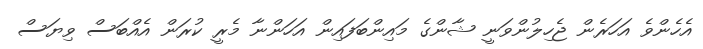
އެހެންވެ އަހަރެން ޖެހިލުންވަނީ ޝާންގެ މައިންބަފައިން އަހަންނާ މެރީ ކުރަން އެއްބަސް ވިޔަސް